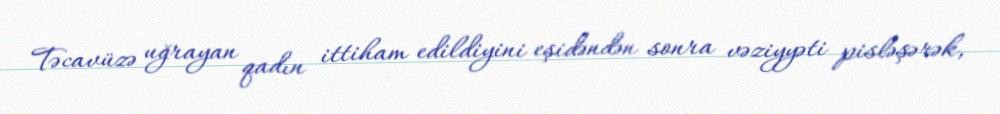
Təcavüzə uğrayan qadın ittiham edildiyini eşidəndən sonra vəziyyəti pisləşərək,